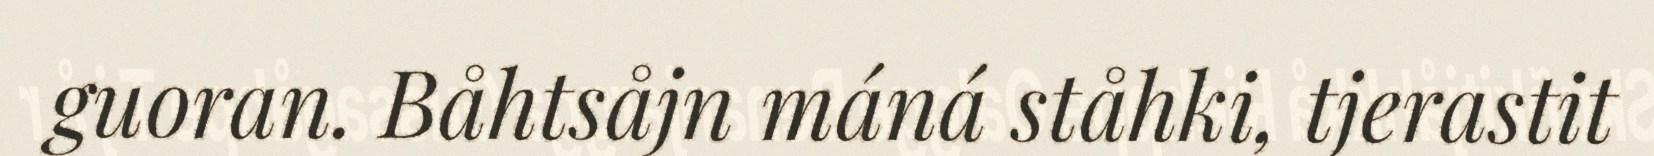
guoran. Båhtsåjn máná ståhki, tjerastit